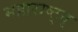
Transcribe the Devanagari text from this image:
महाराष्ट्न्